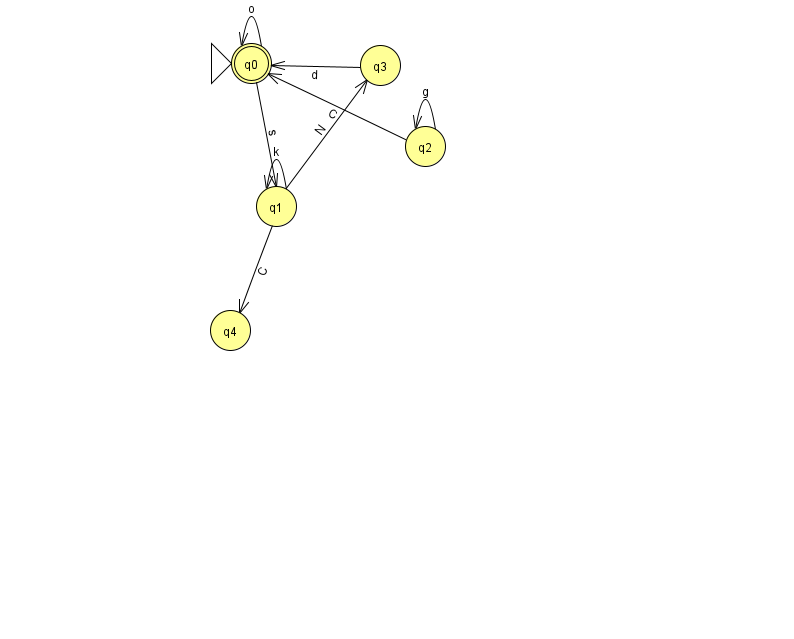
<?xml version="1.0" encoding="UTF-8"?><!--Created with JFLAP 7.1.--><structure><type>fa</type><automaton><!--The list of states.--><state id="0" name="q0"><x>251.0</x><y>50.0</y><initial/><final/></state><state id="1" name="q1"><x>276.0</x><y>193.0</y></state><state id="2" name="q2"><x>425.0</x><y>133.0</y></state><state id="3" name="q3"><x>380.0</x><y>52.0</y></state><state id="4" name="q4"><x>230.0</x><y>317.0</y></state><!--The list of transitions.--><transition><from>2</from><to>0</to><read>C</read></transition><transition><from>0</from><to>1</to><read>s</read></transition><transition><from>1</from><to>3</to><read>N</read></transition><transition><from>1</from><to>4</to><read>C</read></transition><transition><from>2</from><to>2</to><read>g</read></transition><transition><from>3</from><to>0</to><read>d</read></transition><transition><from>1</from><to>1</to><read>k</read></transition><transition><from>0</from><to>0</to><read>o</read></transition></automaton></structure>